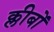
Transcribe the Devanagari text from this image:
क्लीबों